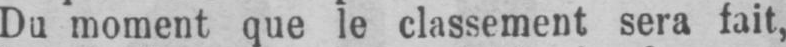
Du moment que le classement sera fait,